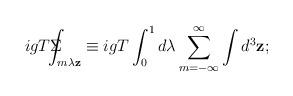
LaTeX: \begin{align*}igT\Sigma \!\!\!\!\!\!\int_{m\lambda \mathbf{z}}\equiv igT\int_0^1d\lambda\sum_{m=-\infty }^\infty \int d^3\mathbf{z;}\end{align*}